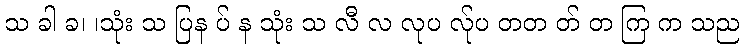
သ ခါ ခ၊ ၊သုံး သ ပြန ပ် န သုံး သ လီ လ လုပ လ်ုပ တတ တ် တ ကြ က သည